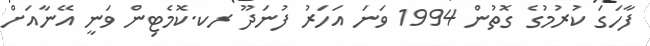
ފާހަގަ ކުރުމުގެ ގޮތުން 1994 ވަނަ އަހަރު ފުނަދޫ ރކ.ކޮމެޓިން ވަނީ އޭނާއަށް